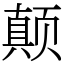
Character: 颠